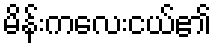
မိန်းကလေးငယ်၏